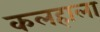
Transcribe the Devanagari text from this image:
कलहाला